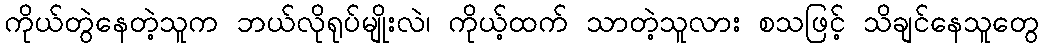
ကိုယ်တွဲနေတဲ့သူက ဘယ်လိုရုပ်မျိုးလဲ၊ ကိုယ့်ထက် သာတဲ့သူလား စသဖြင့် သိချင်နေသူတွေ